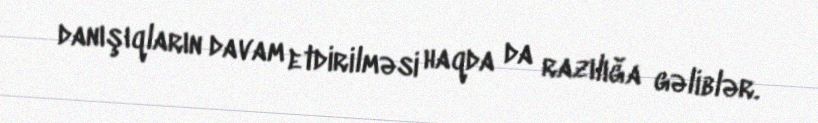
danışıqların davam etdirilməsi haqda da razılığa gəliblər.